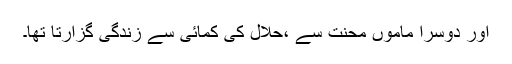
اور دوسرا ماموں محنت سے ،حلال کی کمائی سے زندگی گزارتا تھا۔